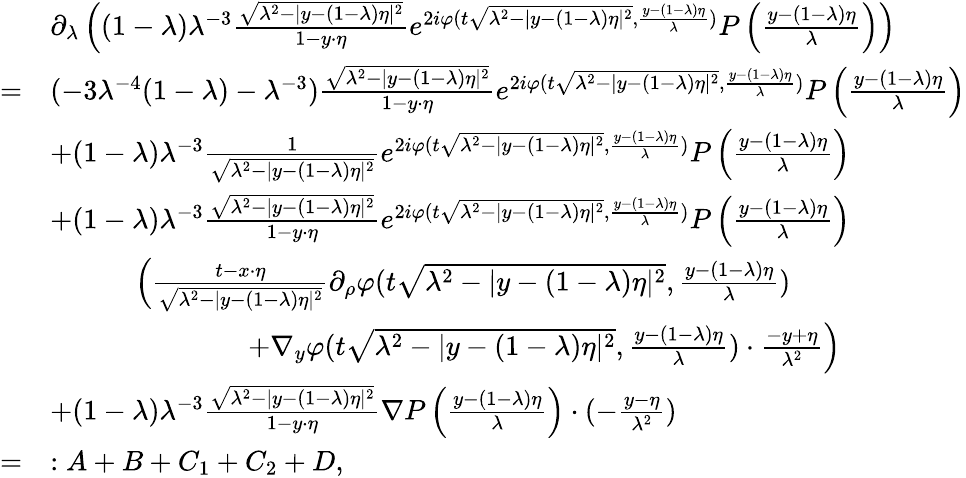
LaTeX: \begin{array}{rl}&{\partial_{\lambda}\left((1-\lambda)\lambda^{-3}\frac{\sqrt{\lambda^{2}-|y-(1-\lambda)\eta|^{2}}}{1-y\cdot\eta}e^{2i\varphi(t\sqrt{\lambda^{2}-|y-(1-\lambda)\eta|^{2}},\frac{y-(1-\lambda)\eta}{\lambda})}P\left(\frac{y-(1-\lambda)\eta}{\lambda}\right)\right)}\\ {=}&{(-3\lambda^{-4}(1-\lambda)-\lambda^{-3})\frac{\sqrt{\lambda^{2}-|y-(1-\lambda)\eta|^{2}}}{1-y\cdot\eta}e^{2i\varphi(t\sqrt{\lambda^{2}-|y-(1-\lambda)\eta|^{2}},\frac{y-(1-\lambda)\eta}{\lambda})}P\left(\frac{y-(1-\lambda)\eta}{\lambda}\right)}\\ &{+(1-\lambda)\lambda^{-3}\frac{1}{\sqrt{\lambda^{2}-|y-(1-\lambda)\eta|^{2}}}e^{2i\varphi(t\sqrt{\lambda^{2}-|y-(1-\lambda)\eta|^{2}},\frac{y-(1-\lambda)\eta}{\lambda})}P\left(\frac{y-(1-\lambda)\eta}{\lambda}\right)}\\ &{+(1-\lambda)\lambda^{-3}\frac{\sqrt{\lambda^{2}-|y-(1-\lambda)\eta|^{2}}}{1-y\cdot\eta}e^{2i\varphi(t\sqrt{\lambda^{2}-|y-(1-\lambda)\eta|^{2}},\frac{y-(1-\lambda)\eta}{\lambda})}P\left(\frac{y-(1-\lambda)\eta}{\lambda}\right)}\\ &{\quad\quad\quad\Big(\frac{t-x\cdot\eta}{\sqrt{\lambda^{2}-|y-(1-\lambda)\eta|^{2}}}\partial_{\rho}\varphi(\textstyle t\sqrt{\lambda^{2}-|y-(1-\lambda)\eta|^{2}},\frac{y-(1-\lambda)\eta}{\lambda})}\\ &{\quad\quad\quad\quad\quad\quad\quad+\nabla_{y}\varphi(\textstyle t\sqrt{\lambda^{2}-|y-(1-\lambda)\eta|^{2}},\frac{y-(1-\lambda)\eta}{\lambda})\cdot\frac{-y+\eta}{\lambda^{2}}\Big)}\\ &{+(1-\lambda)\lambda^{-3}\frac{\sqrt{\lambda^{2}-|y-(1-\lambda)\eta|^{2}}}{1-y\cdot\eta}\nabla P\left(\frac{y-(1-\lambda)\eta}{\lambda}\right)\cdot(-\frac{y-\eta}{\lambda^{2}})}\\ {=}&{:A+B+C_{1}+C_{2}+D,}\end{array}